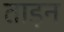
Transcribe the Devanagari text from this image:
ताड़न